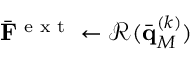
\bar { \mathbf F } ^ { \textrm { e x t } } \gets \mathcal { R } ( \bar { \mathbf q } _ { M } ^ { ( k ) } )